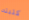
كتبته